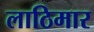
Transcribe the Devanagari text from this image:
लाठिमार